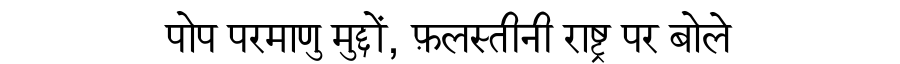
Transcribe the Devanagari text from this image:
पोप परमाणु मुद्दों, फ़लस्तीनी राष्ट्र पर बोले